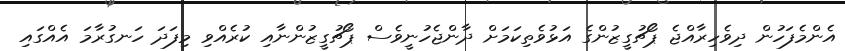
އެންމެފަހުން ދިވެހިރާއްޖެ ޕޯޗުގީޒުންގެ އަޅުވެތިކަމަށް ދާންޖެހުނީވެސް ޕޯޗުގީޒުންނާއި ކުރެއްވި މިފަދަ ހަނގުރާމަ އެއްގައި